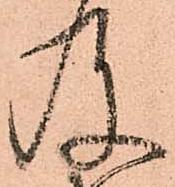
及